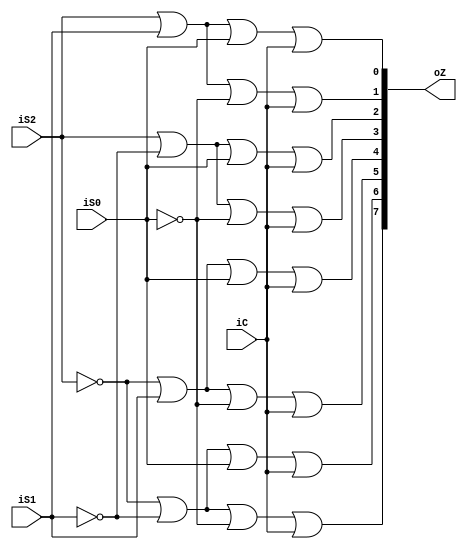
`timescale 1ns / 1ps
//////////////////////////////////////////////////////////////////////////////////
// Company: 
// Engineer: 
// 
// Design Name: 
// Module Name: de_selector18
// Project Name: 
// Target Devices: 
// Tool Versions: 
// Description: 
// 
// Dependencies: 
// 
// Revision:
// Revision 0.01 - File Created
// Additional Comments:
// 
//////////////////////////////////////////////////////////////////////////////////


module de_selector18(
    input iC,
    input iS2,
    input iS1,
    input iS0,
    output [7:0] oZ
    );
    assign oZ[0]=iS2|iS1|iS0|iC;
    assign oZ[1]=iS2|iS1|~iS0|iC;
    assign oZ[2]=iS2|~iS1|iS0|iC;
    assign oZ[3]=iS2|~iS1|~iS0|iC;
    assign oZ[4]=~iS2|iS1|iS0|iC;
    assign oZ[5]=~iS2|iS1|~iS0|iC;
    assign oZ[6]=~iS2|~iS1|iS0|iC;
    assign oZ[7]=~iS2|~iS1|~iS0|iC;
endmodule